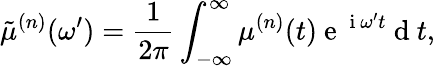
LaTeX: \tilde{\mu}^{(n)}(\omega^{\prime})=\frac{1}{2\pi}\int_{-\infty}^{\infty}\mu^{(n)}(t)\mathrm{~e~}^{\mathrm{~i~}\omega^{\prime}t}\mathrm{~d~}t,